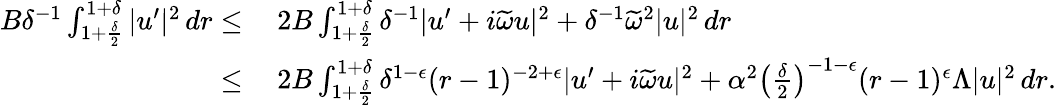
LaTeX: \begin{array}{rl}{B\delta^{-1}\int_{1+\frac{\delta}{2}}^{1+\delta}|u^{\prime}|^{2}\, dr\leq}&{\: 2B\int_{1+\frac{\delta}{2}}^{1+\delta}\delta^{-1}|u^{\prime}+i\widetilde{\omega}u|^{2}+\delta^{-1}\widetilde{\omega}^{2}|u|^{2}\, dr}\\ {\leq}&{\: 2B\int_{1+\frac{\delta}{2}}^{1+\delta}\delta^{1-\epsilon}(r-1)^{-2+\epsilon}|u^{\prime}+i\widetilde{\omega}u|^{2}+\alpha^{2}\left(\frac{\delta}{2}\right)^{-1-\epsilon}(r-1)^{\epsilon}\Lambda|u|^{2}\, dr.}\end{array}